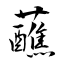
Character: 蘸